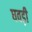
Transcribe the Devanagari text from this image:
घवड़ी